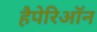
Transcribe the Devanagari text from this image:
हैपेरिऑन